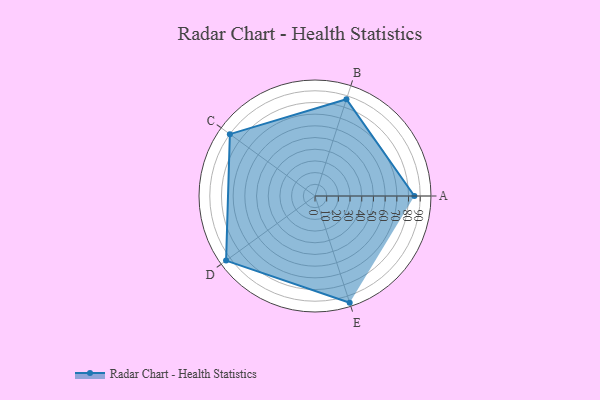
{"axis": {"x": "Skill", "y": "Score"}, "legend": ["Profile"], "data": [{"x": "A", "y": 85.0, "type": "Profile"}, {"x": "B", "y": 87.0, "type": "Profile"}, {"x": "C", "y": 90.0, "type": "Profile"}, {"x": "D", "y": 94.0, "type": "Profile"}, {"x": "E", "y": 96.0, "type": "Profile"}]}